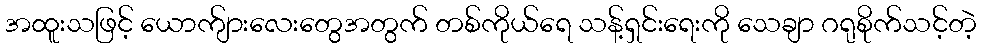
အထူးသဖြင့် ယောက်ျားလေးတွေအတွက် တစ်ကိုယ်ရေ သန့်ရှင်းရေးကို သေချာ ဂရုစိုက်သင့်တဲ့